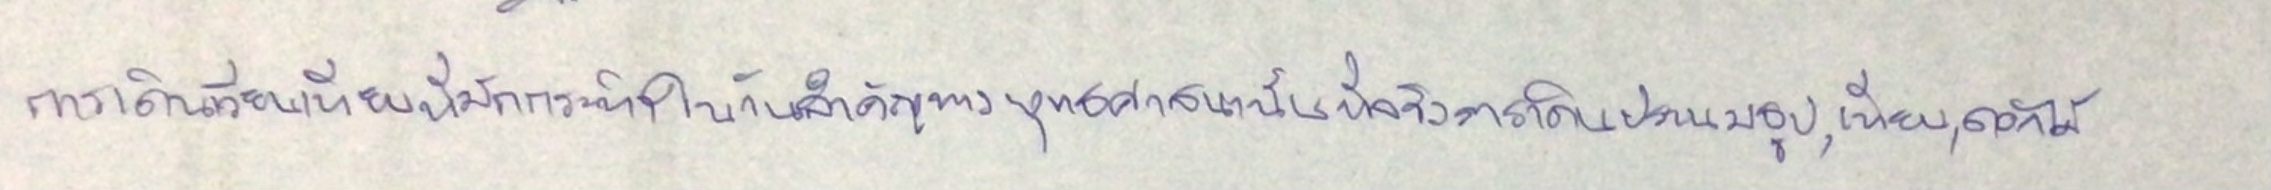
การเดินเวียนเทียนที่มักกระทำในวันสำคัญทางพุทธศาสนานั้นที่จริงการเดินประนมธูป,เทียน,ดอกไม้